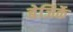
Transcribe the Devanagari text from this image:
बेजिर्के